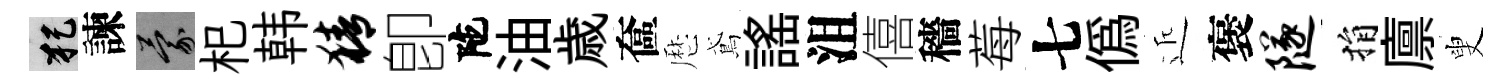
犯諫蒙𣏌韩猜卽陀油歳奩厯鳶謡沮僖穡莓七偽近褒隧捐廪叟